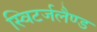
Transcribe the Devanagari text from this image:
स्विटर्जलैण्ड